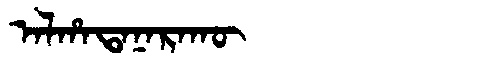
Manchu: ᠠᠯᡥᠠᡨᠠᠨᠠᡵᠠᡴᡡ
Romanization: ALHATANARAKŪ